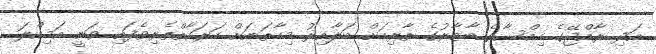
އަދި ރާއްޖޭގެ ހިއްސާގެ ބާޒާރުގެ ތާރިހަށް ބަލާއިރު މިހާތަނަށް ހަރަކާތްތެރިވެފައި ވަނީ އަމިއްލަ